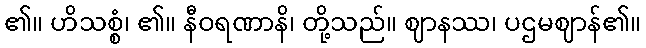
၏။ ဟိသစ္စံ၊ ၏။ နီဝရဏာနိ၊ တို့သည်။ ဈာနဿ၊ ပဌမဈာန်၏။